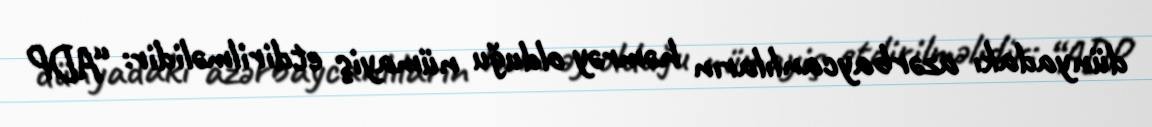
dünyadakı azərbaycanlıların həmrəy olduğu nümayiş etdirilməlidir: “ADP